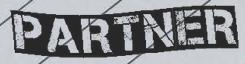
PARTNER